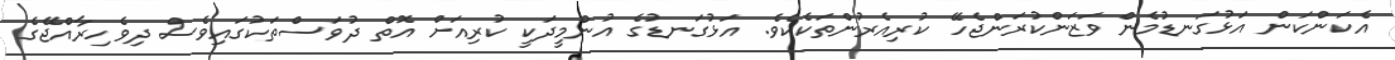
އެކަންކަން އަޅުގަނޑުމެން ވަޒަންކުރަންޖެހޭ ކުރިއެރުންތަކެކެވެ. އަޅުގަނޑުގެ އުންމީދަކީ ކުރިއަށް އޮތް ދުވަސްތަކުގައިވެސް ދިވެހިރާއްޖޭގެ